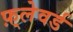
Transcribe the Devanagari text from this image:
फ़्लेवर्ड